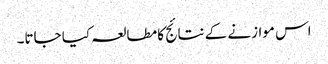
اس موازنے کے نتائج کا مطالعہ کیا جاتا۔